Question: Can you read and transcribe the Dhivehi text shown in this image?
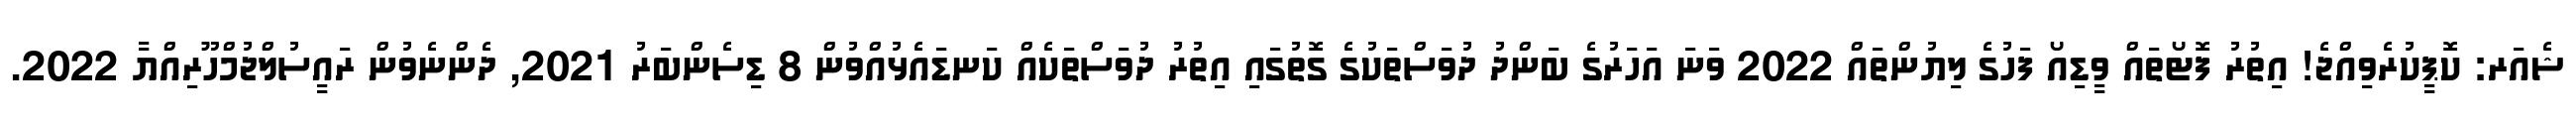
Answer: ޝެއަރ: ކޮޕީކުރެވިއްޖެ! އިތުރު ފޮޓޯތައް ވީޑިއޯ ފަހުގެ ލިޔުންތައް 2022 ވަނަ އަހަރުގެ ބަންދު ދުވަސްތަކުގެ ގޮތުގައި އިތުރު ދުވަސްތަކެއް ކަނޑައެޅުއްވުން 8 ޑިސެންބަރު 2021, ދެންނެވުން ރައީސުލްޖުމްހޫރިއްޔާ 2022.